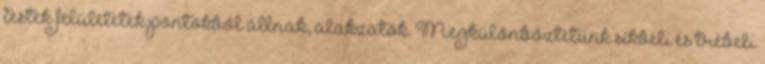
testek felületetek pontokból állnak, alakzatok. Megkülönböztetünk síkbeli és trébeli